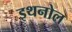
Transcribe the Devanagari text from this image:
इथनोल